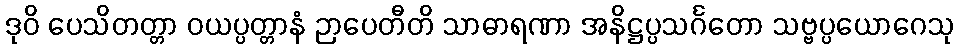
ဒုဝိ ပေသိတတ္တာ ဝယပ္ပတ္တာနံ ဉာပေတီတိ သာဓာရဏာ အနိဋ္ဌပ္ပသင်္ဂတော သဗ္ဗပ္ပယောဂေသု